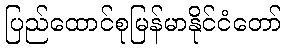
ပြည်ထောင်စုမြန်မာနိုင်ငံတော်